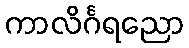
ကာလိင်္ဂရညော